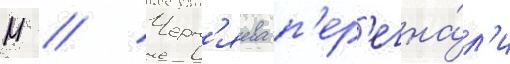
М // Черн'яева п'ер'егна́л'и